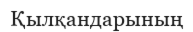
Қылқандарының